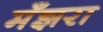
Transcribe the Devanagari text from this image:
मँझरा